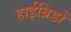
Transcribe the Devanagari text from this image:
हाईब्रिडों